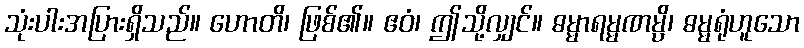
သုံးပါးအပြားရှိသည်။ ဟောတိ၊ ဖြစ်၏။ ဧဝံ၊ ဤသို့လျှင်။ ဓမ္မာရမ္မဏမ္ပိ၊ ဓမ္မရုံဟူသော